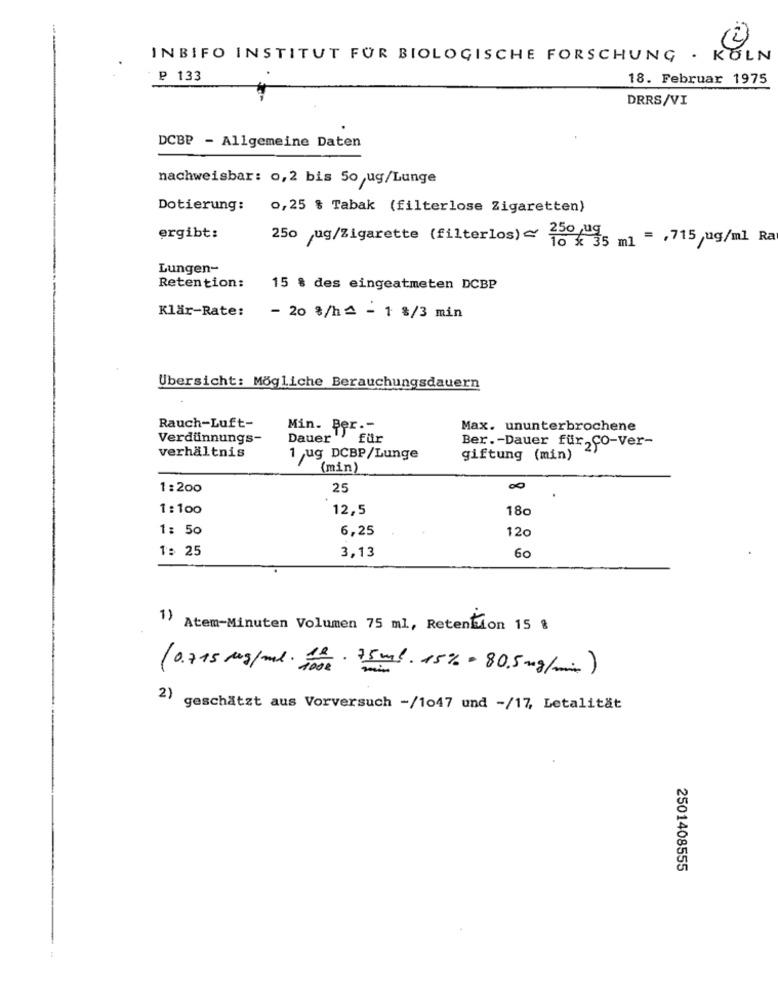
(2)
INBIFO INSTITUT FÜR BIOLOGISCHE FORSCHUNG . KOLN
₽ 133
18. Februar 1975
DRRS/VI
DCBP - Allgemeine Daten
nachweisbar: 0,2 bis 50 ug/Lunge
Dotierung:
0,25 % Tabak (filterlose Zigaretten)
ergibt:
250 ug/Zigarette (filterlos) ~ 150 ug
$ 35 ml = , 715 ug/ml Ra
Lungen-
Retention:
15 % des eingeatmeten DCBP
Klär-Rate:
- 20 %/h4 - 1 8/3 min
Übersicht: Mögliche Berauchungsdauern
Rauch-Luft-
Min. Ber .-
Max. ununterbrochene
Verdünnungs-
Dauer"
für
Ber .- Dauer für,CO-Ver-
verhältnis
1 ug DCBP/Lunge
giftung (min)
(min)
1:200
25
00
1:100
12,5
180
1: 50
6,25
12
1: 25
3,13
60
1) Atem-Minuten Volumen 75 ml, Retention 15 %
(0.715 Mg/ml. folk . 75ml. 15% = 80,5 mg/min)
2)
geschätzt aus Vorversuch -/1047 und -/17, Letalität
2501408555